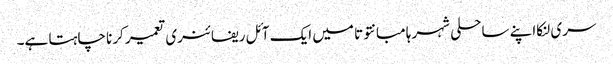
سری لنکااپنے ساحلی شہر ہامبانتوتا میں ایک آئل ریفائنری تعمیر کرنا چاہتا ہے۔